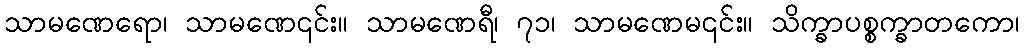
သာမဏေရော၊ သာမဏေ၎င်း။ သာမဏေရီ၊ ၇၁၊ သာမဏေမ၎င်း။ သိက္ခာပစ္စက္ခာတကော၊